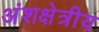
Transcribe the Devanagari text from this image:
अंशक्षेत्रीय